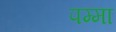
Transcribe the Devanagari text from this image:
पम्मा